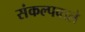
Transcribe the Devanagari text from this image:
संकल्पवाले